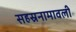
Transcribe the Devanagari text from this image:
सहस्रनामावली